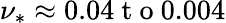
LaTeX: \nu_{*}\approx 0.04\mathrm{~t~o~}0.004